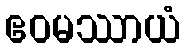
ဧဝမဿာယံ